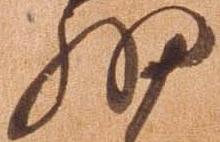
細